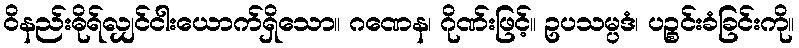
ဝိနည်းဓိုရ်လျှင်ငါးယောက်ရှိသော။ ဂဏေန၊ ဂိုဏ်းဖြင့်။ ဥပသမ္ပဒံ၊ ပဉ္စင်းခံခြင်းကို။